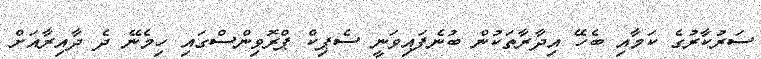
ސަރުކާރުގެ ކަމާއި ބެހޭ އިދާރާތަކުން ބުނެފައިވަނީ ސެޕިކް ޕްރޮވިންސްގައި ހިމެނޭ ދެ ދާއިރާއަށް